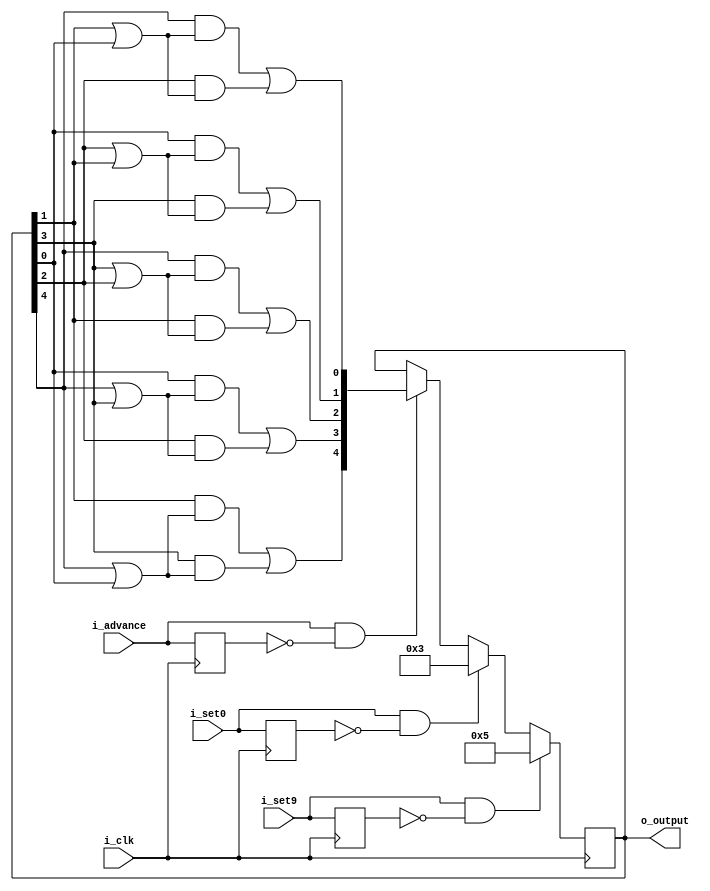
module decade7(i_clk,
	i_set0,
	i_set9,
	i_advance,
	o_output);

input wire i_clk;
input wire i_set0;
input wire i_set9;
input wire i_advance;

output reg [4:0] o_output;

reg last_set0, last_set9, last_advance;
wire [4:0] next_output;
wire a,b,c,d,e;
wire [4:0] out_plus_1;

assign {a,b,c,d,e} = o_output;
assign out_plus_1 = {
	d & (a | e) | b & (a | e),
	e & (a | b) | c & (a | b),
	a & (b | c) | d & (b | c),
	e & (c | d) | b & (c | d),
	a & (d | e) | c & (d | e)
};

assign next_output = (i_set9 & ~last_set9) ? 5'b101 :
	(i_set0 & ~last_set0) ? 5'b11 :
	(i_advance & ~last_advance) ? out_plus_1 :
	o_output;

always @(posedge i_clk) begin
	last_set0 <= i_set0;
	last_set9 <= i_set9;
	last_advance <= i_advance;
	o_output <= next_output;
end

endmodule